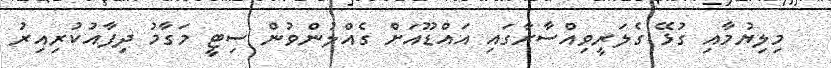
މިލިޔުމާއި ގުޅޭ ގެލަރީވިއްސާރާގައި އައްޑޫއަށް ގެއްލުންވުން ސިޓީ މަގާމު ދިފާއުކުރިއިރު